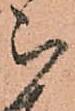
被